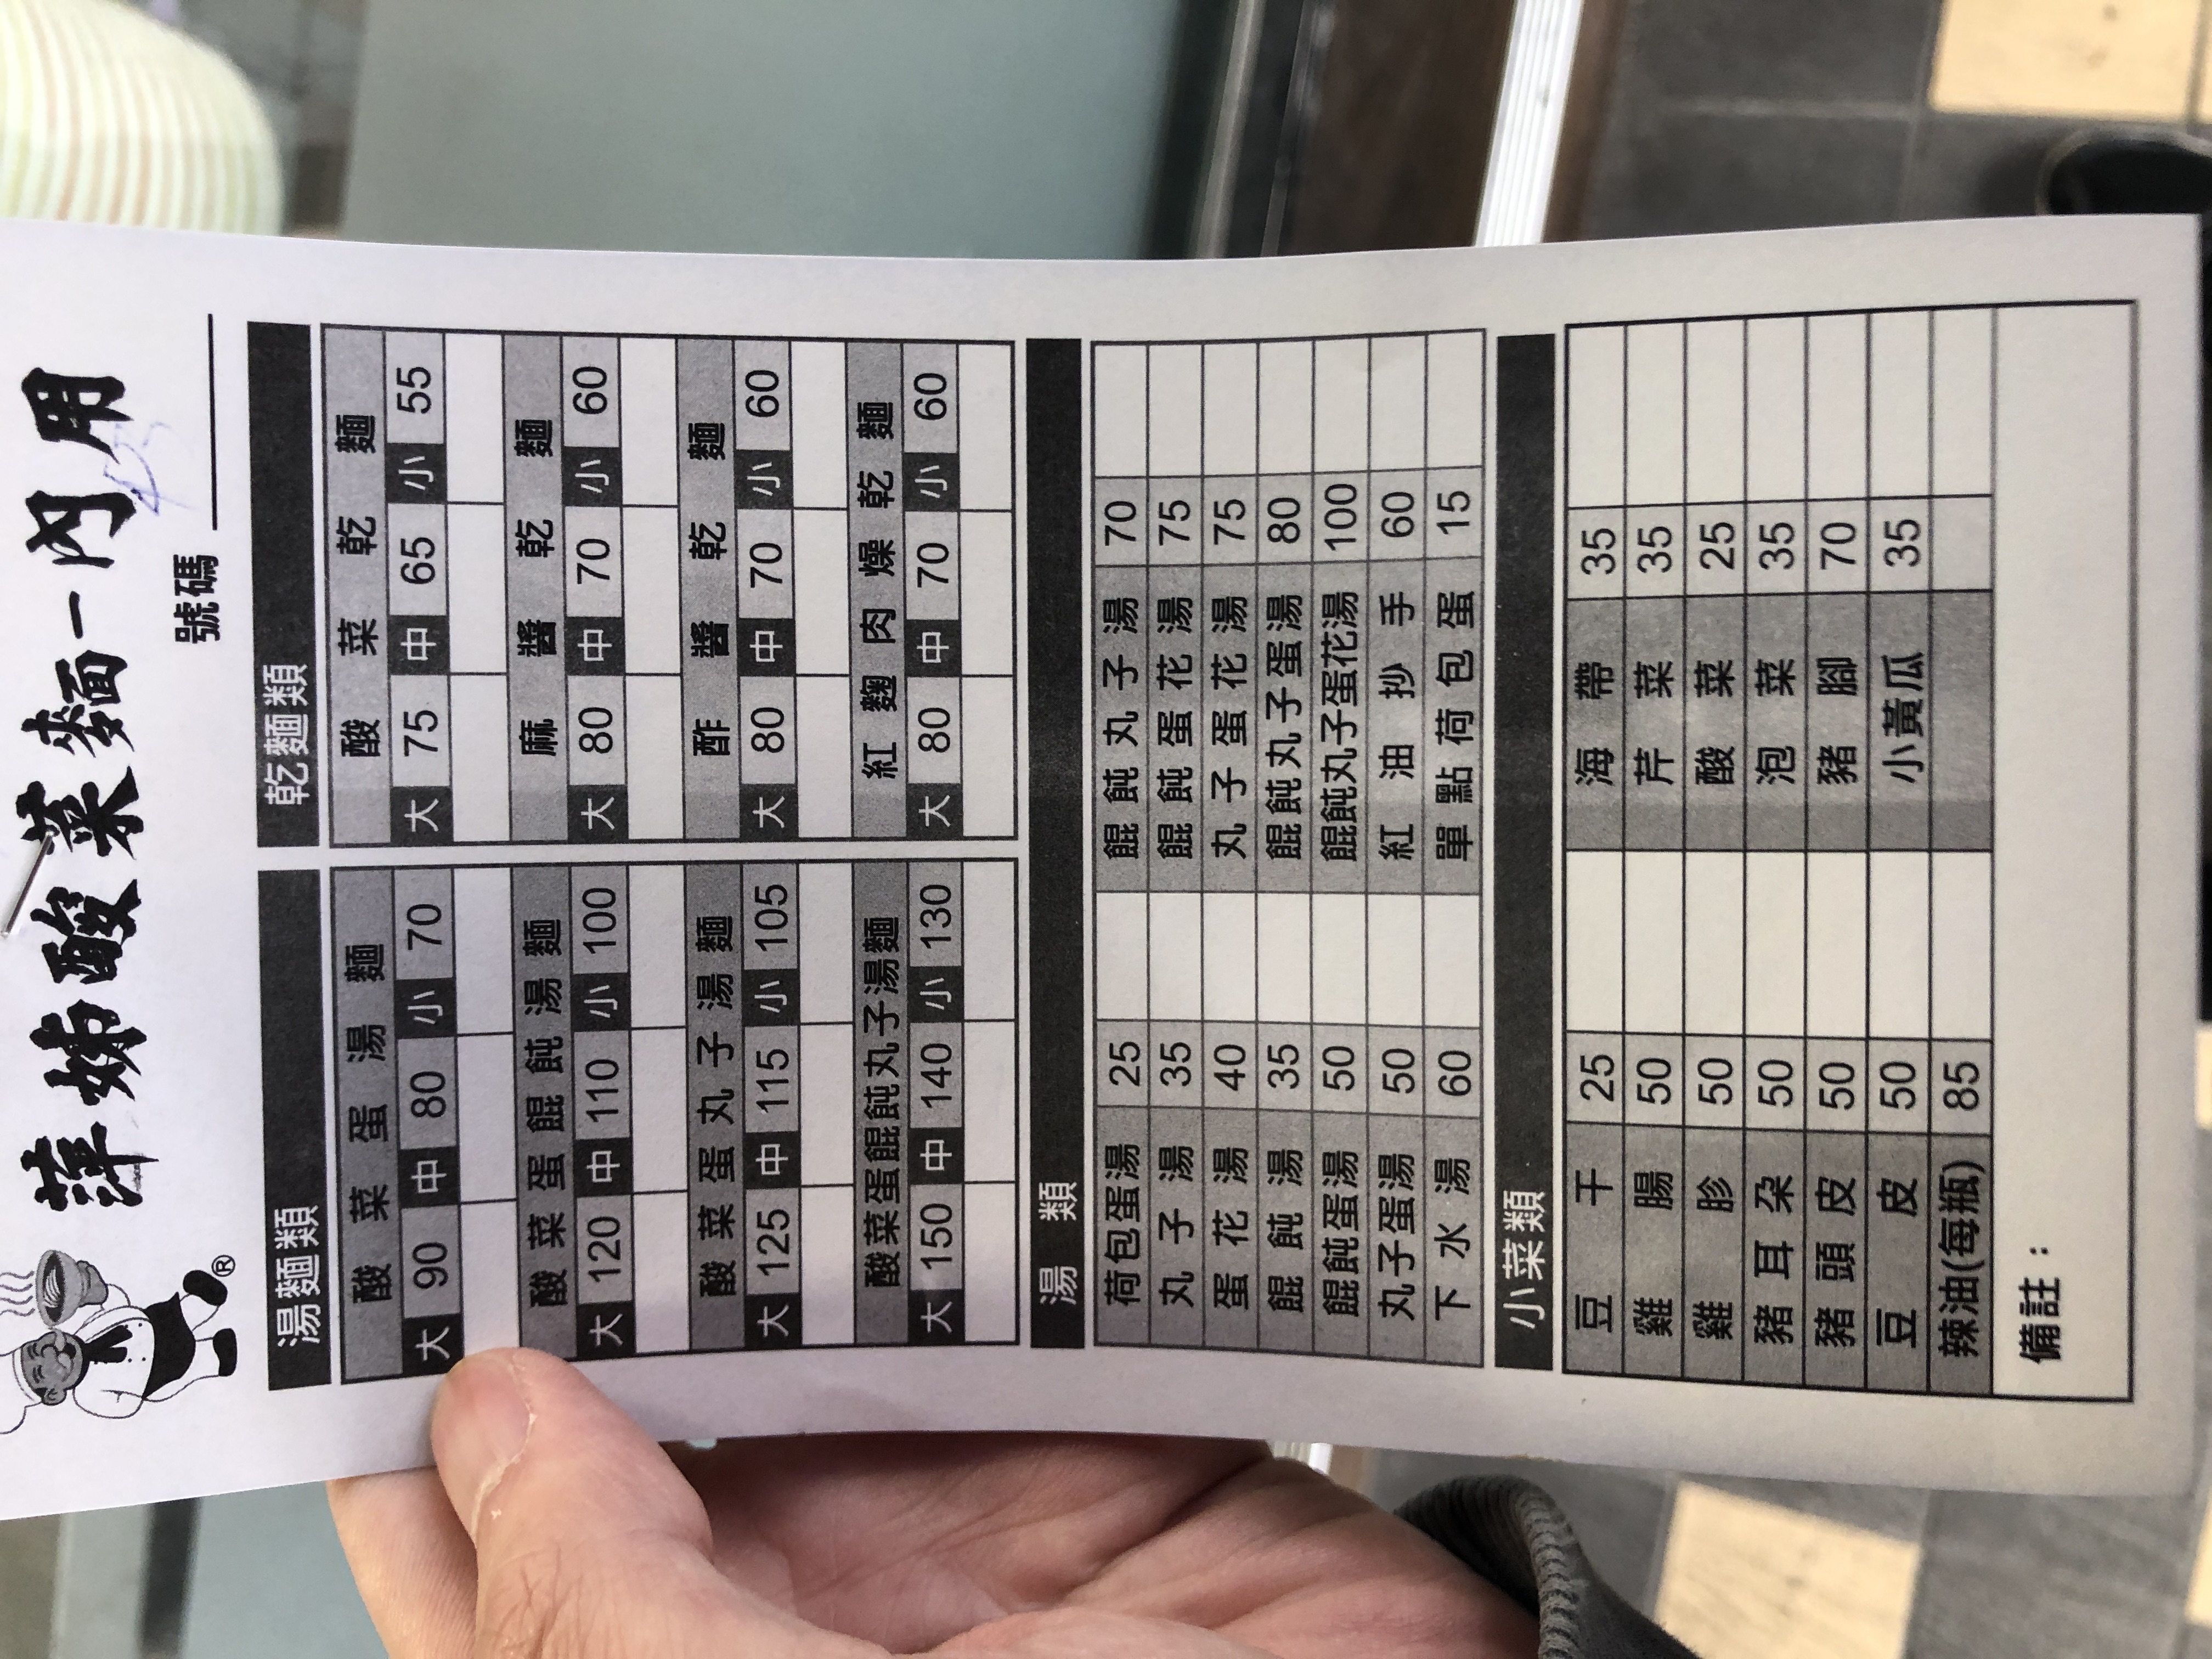
餐廳：萍姊酸菜麵
菜單：
name: 酸菜蛋湯麵大
price: 90
name: 酸菜蛋湯麵中
price: 80
name: 酸菜蛋湯麵小
price: 70
name: 酸菜蛋餛飩湯麵大
price: 120
name: 酸菜蛋餛飩湯麵中
price: 110
name: 酸菜蛋餛飩湯麵小
price: 100
name: 酸菜蛋丸子湯麵大
price: 125
name: 酸菜蛋丸子湯麵中
price: 115
name: 酸菜蛋丸子湯麵小
price: 105
name: 酸菜蛋餛飩丸子湯麵大
price: 150
name: 酸菜蛋餛飩丸子湯麵中
price: 140
name: 酸菜蛋餛飩丸子湯麵小
price: 130
name: 酸菜乾麵大
price: 75
name: 酸菜乾麵中
price: 65
name: 酸菜乾麵小
price: 55
name: 麻醬乾麵大
price: 80
name: 麻醬乾麵中
price: 70
name: 麻醬乾麵小
price: 60
name: 酢醬乾麵大
price: 80
name: 酢醬乾麵中
price: 70
name: 酢醬乾麵小
price: 60
name: 紅麴肉燥乾麵大
price: 80
name: 紅麴肉燥乾麵中
price: 70
name: 紅麴肉燥乾麵小
price: 60
name: 荷包蛋湯
price: 25
name: 餛飩丸子湯
price: 70
name: 丸子湯
price: 35
name: 餛飩蛋花湯
price: 75
name: 蛋花湯
price: 40
name: 丸子蛋花湯
price: 75
name: 餛飩湯
price: 35
name: 餛飩丸子蛋湯
price: 80
name: 餛飩蛋湯
price: 50
name: 餛飩丸子蛋花湯
price: 100
name: 丸子蛋湯
price: 50
name: 紅油抄手
price: 60
name: 下水湯
price: 60
name: 單點荷包蛋
price: 15
name: 豆干
price: 25
name: 海帶
price: 35
name: 雞腸
price: 50
name: 芹菜
price: 35
name: 雞胗
price: 50
name: 酸菜
price: 25
name: 豬耳朶
price: 50
name: 泡菜
price: 35
name: 豬頭皮
price: 50
name: 豬腳
price: 70
name: 豆皮
price: 50
name: 小黃瓜
price: 35
name: 辣油(每瓶)
price: 85